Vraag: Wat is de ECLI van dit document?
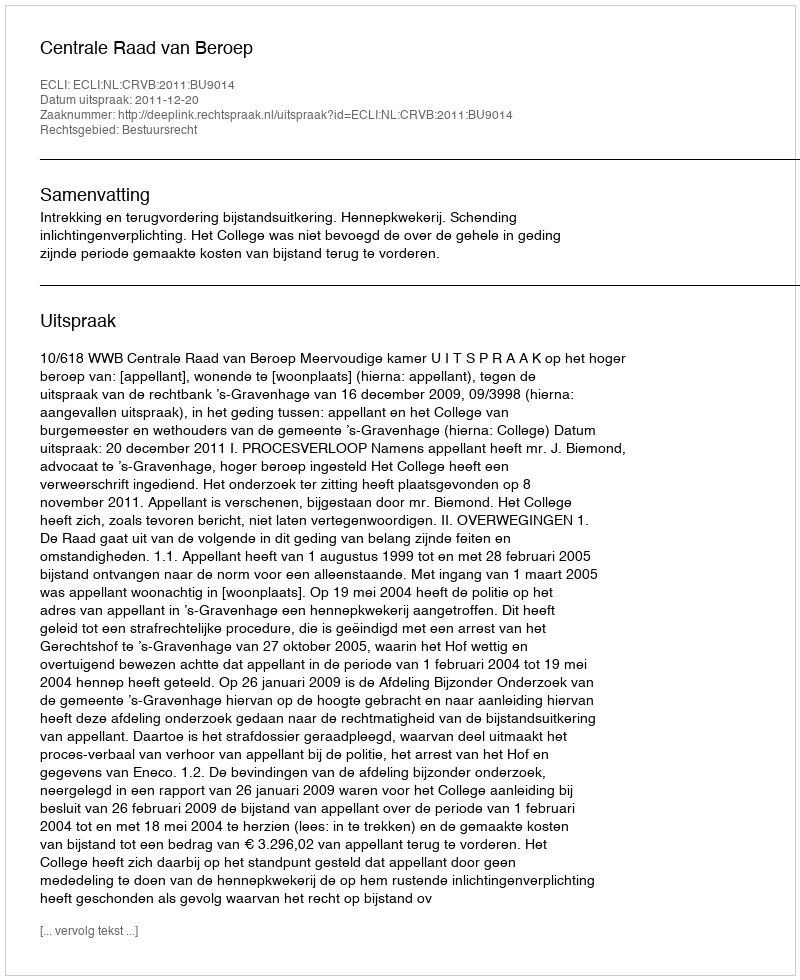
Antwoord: ECLI:NL:CRVB:2011:BU9014